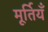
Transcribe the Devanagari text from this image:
मूर्तियँ